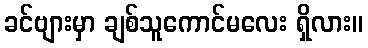
ခင်ဗျားမှာ ချစ်သူကောင်မလေး ရှိလား။